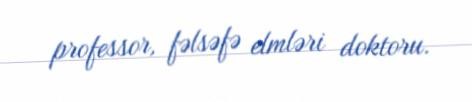
professor, fəlsəfə elmləri doktoru.